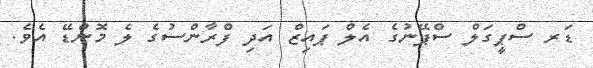
ޑަރ ސްޕީގަލް ސްޕޭނުގެ އެލް ޕައިޒް އަދި ފްރާންސުގެ ލެ މޮންޑޭ އެވެ.